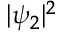
| \psi _ { 2 } | ^ { 2 }